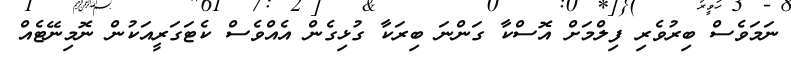
ނަމަވެސް ބިރުވެރި ފިލްމަށް އޮސްކާ ގަންނަ ބިރަކާ ގުޅިގެން އެއްވެސް ކެޓަގަރީއަކުން ނޮމިނޭޓެއް